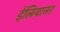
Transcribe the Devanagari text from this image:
ईलियानर